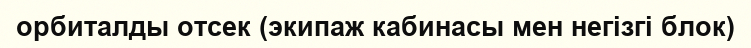
орбиталды отсек (экипаж кабинасы мен негізгі блок)